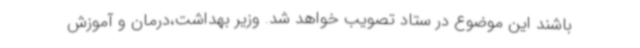
باشند این موضوع در ستاد تصویب خواهد شد. وزیر بهداشت،درمان و آموزش